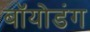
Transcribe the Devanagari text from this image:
बॉयोडंग